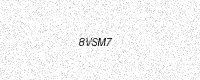
Text: 8VSM7